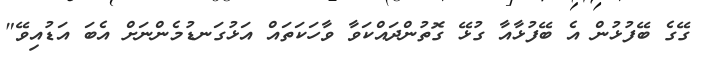
ގޭގެ ބޭފުޅުން އެ ބޭފުޅާއާ ގުޅޭ ގޮތުންދައްކަވާ ވާހަކަތައް އަޅުގަނޑުމެންނަށް އެބަ އަޑުއިވޭ"